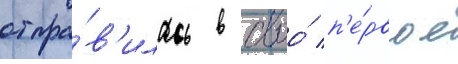
отпра́в'илась в своо́ п'е́рвое